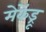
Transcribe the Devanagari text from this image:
मेकेंड्रू